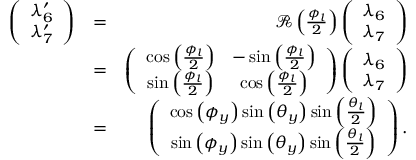
\begin{array} { r l r } { \left( \begin{array} { c } { \lambda _ { 6 } ^ { \prime } } \\ { \lambda _ { 7 } ^ { \prime } } \end{array} \right) } & { = } & { { \mathcal R } \left( \frac { \phi _ { l } } { 2 } \right) \left( \begin{array} { c } { \lambda _ { 6 } } \\ { \lambda _ { 7 } } \end{array} \right) } \\ & { = } & { \left( \begin{array} { c c } { \cos \left( \frac { \phi _ { l } } { 2 } \right) } & { - \sin \left( \frac { \phi _ { l } } { 2 } \right) } \\ { \sin \left( \frac { \phi _ { l } } { 2 } \right) } & { \cos \left( \frac { \phi _ { l } } { 2 } \right) } \end{array} \right) \left( \begin{array} { c } { \lambda _ { 6 } } \\ { \lambda _ { 7 } } \end{array} \right) } \\ & { = } & { \left( \begin{array} { c } { \cos \left( \phi _ { y } \right) \sin \left( \theta _ { y } \right) \sin \left( \frac { \theta _ { l } } { 2 } \right) } \\ { \sin \left( \phi _ { y } \right) \sin \left( \theta _ { y } \right) \sin \left( \frac { \theta _ { l } } { 2 } \right) } \end{array} \right) . } \end{array}